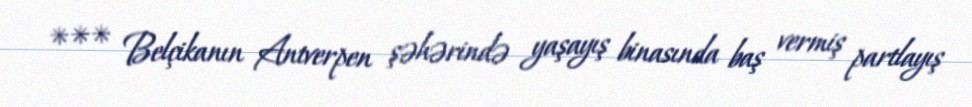
*** Belçikanın Antverpen şəhərində yaşayış binasında baş vermiş partlayış